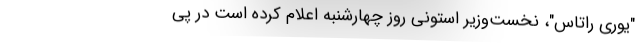
"یوری راتاس"، نخست‌وزیر استونی روز چهارشنبه اعلام کرده است در پی